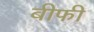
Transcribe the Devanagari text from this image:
बीफी